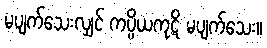
မပျက်သေးလျှင် ကပ္ပိယကုဋိ မပျက်သေး။